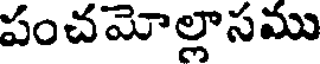
పంచమోల్లాసము